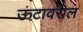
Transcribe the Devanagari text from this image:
ऊंटावरील